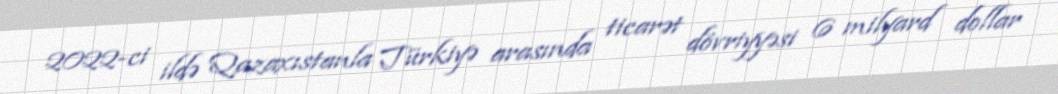
2022-ci ildə Qazaxıstanla Türkiyə arasında ticarət dövriyyəsi 6 milyard dollar